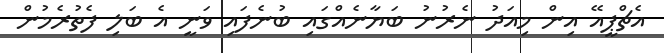
އެޗްޕީއޭ އިން މިއަދު ނެރުނު ބަޔާނެއްގައި ބުނެފައި ވަނީ އެ ބަލި ފެތުރެމުން